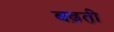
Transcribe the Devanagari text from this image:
बढ़ती़